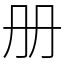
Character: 册